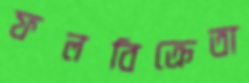
ফলবিক্রেতা